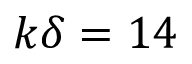
k \delta = 1 4